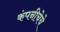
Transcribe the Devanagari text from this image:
कंपनीचेचे